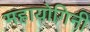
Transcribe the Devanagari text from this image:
महायोगिनी